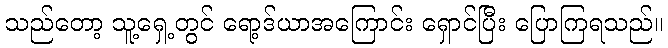
သည်တော့ သူ့ရှေ့တွင် ရော့ဒ်ယာအကြောင်း ရှောင်ပြီး ပြောကြရသည်။